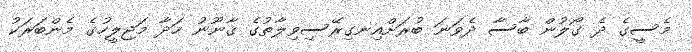
މެސީގެ ދެ ގޯލުން ބާސާ ދެވަނަ ބުރަށްއިނގިރޭސިވިލާތުގެ ޤާނޫނު ހަދާ މަޖިލީހުގެ މެންބަރަކު